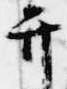
弁